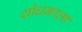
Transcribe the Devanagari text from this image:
शोधकाला